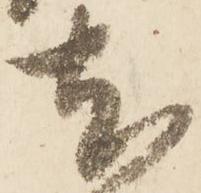
尤